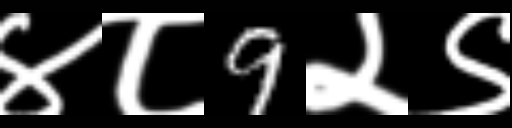
Text: ४८9२९